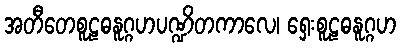
အတီတေစူဠဓနူဂ္ဂဟပဏ္ဍိတကာလေ၊ ရှေးစူဠဓနူဂ္ဂဟ